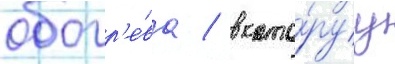
обогр'е́ва / в кото́руу